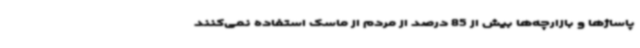
پاساژها و بازارچه‌ها بیش از 85 درصد از مردم از ماسک استفاده نمی‌کنند